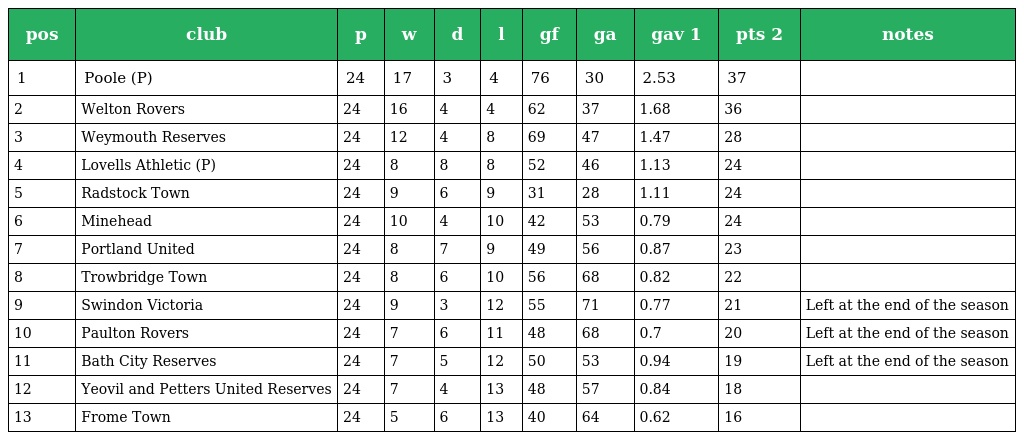
| pos | club | p | w | d | l | gf | ga | gav 1 | pts 2 | notes |
 | --- | --- | --- | --- | --- | --- | --- | --- | --- | --- | --- |
 | 1 | Poole (P) | 24 | 17 | 3 | 4 | 76 | 30 | 2.53 | 37 |  |
 | 2 | Welton Rovers | 24 | 16 | 4 | 4 | 62 | 37 | 1.68 | 36 |  |
 | 3 | Weymouth Reserves | 24 | 12 | 4 | 8 | 69 | 47 | 1.47 | 28 |  |
 | 4 | Lovells Athletic (P) | 24 | 8 | 8 | 8 | 52 | 46 | 1.13 | 24 |  |
 | 5 | Radstock Town | 24 | 9 | 6 | 9 | 31 | 28 | 1.11 | 24 |  |
 | 6 | Minehead | 24 | 10 | 4 | 10 | 42 | 53 | 0.79 | 24 |  |
 | 7 | Portland United | 24 | 8 | 7 | 9 | 49 | 56 | 0.87 | 23 |  |
 | 8 | Trowbridge Town | 24 | 8 | 6 | 10 | 56 | 68 | 0.82 | 22 |  |
 | 9 | Swindon Victoria | 24 | 9 | 3 | 12 | 55 | 71 | 0.77 | 21 | Left at the end of the season |
 | 10 | Paulton Rovers | 24 | 7 | 6 | 11 | 48 | 68 | 0.7 | 20 | Left at the end of the season |
 | 11 | Bath City Reserves | 24 | 7 | 5 | 12 | 50 | 53 | 0.94 | 19 | Left at the end of the season |
 | 12 | Yeovil and Petters United Reserves | 24 | 7 | 4 | 13 | 48 | 57 | 0.84 | 18 |  |
 | 13 | Frome Town | 24 | 5 | 6 | 13 | 40 | 64 | 0.62 | 16 |  |